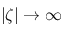
| \zeta | \rightarrow \infty